Report on vaccination in Madras 1922-1929 - 1922-1929
Year: 1922
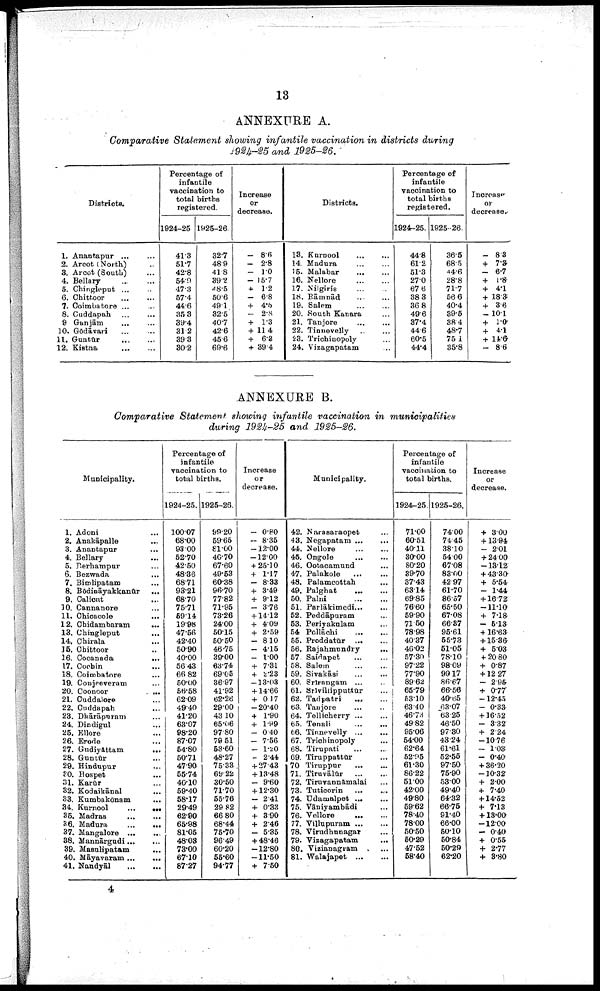
13
ANNEXURE A.
Comparative Statement showing infantile vaccination in districts during
1924-25 and 1925-26.
Districts.
1. Anantapur... ...
2. Arcot (North)... ...
3. Arcot (South)... ...
4. Bellary... ...
5. Chingleput... ...
6.
Chittoor...
...
7. Coimbatore ... ...
8. Cuddapah...
...
9
Ganjām...
...
10. Gōdāvari... ...
11.
Guntūr...
...
12.
Kistna...
...
Percentage of
infantile
vaccination to
total births
registered.
1924-25
41.3
51.7
42.8
54.9
47.3
57.4
44.6
35.3
39.4
31.2
39.3
30.2
1925-26.
32.7
48.9
41.8
39.2
48·5
50.6
49.1
32.5
40.7
42.6
45.6
69.6
Increase
or
decrease.
— 8.6
— 2.8
— 1.0
— 15.7
+ 1.2
— 6.8
+ 4.5
— 2.8
+ 1.3
+ 11.4
+ 6.3
+ 39.4
Districts.
13.
Kurnool...
...
14. Madura... ...
15. Malabar... ...
16.
Nellore...
...
17. Nilgiris
...
...
18. Rāmnād
...
...
19. Salem
...
...
20. South Kanara...
21.
Tanjore...
...
22. Tinnevelly
...
...
23. Trichinopoly ...
24. Vizagapatam ...
Percentage of
infantile
vaccination to
total births
registered.
1924-25.
44.8
61.2
51.3
27.0
67.6
38.3
36.8
49.6
37.4
44.6
60·5
44.4
1925-26.
36.5
68.5
44.6
28.8
71.7
56.6
40.4
39.5
38.4
48.7
75.1
35.8
Increase
or
decrease.
— 8.3
+ 7·3
— 6·7
+ 1.8
+ 4·1
+ 18.3
+ 3.6
—10.1
+ 1.0
+ 4.1
+ 14.6
— 8.6
ANNEXURE B.
Comparative Statement showing infantile vaccination in municipalities
during 1924-25 and 1925-26.
Municipality.
1. Adoni ...
2. Anakāpalle ...
3. Anantapur ...
4. Bellary ...
5. Berhampur ...
6. Bezwada ...
7. Bimlipatam ...
8. Bōdināyakkanūr
...
9. Calicut ...
10. Cannanore ...
11. Chicacole ...
12. Chidambaram
...
13. Chingleput
....
14. Chirala ...
15. Chittoor ...
16. Cocanada
...
17. Cochin ...
18. Coimbatore ...
19. Conjeeveram... ...
20. Coonoor...
21. Cuddalore ...
22. Cuddapah ...
23. Dhārāpuram... ...
24. Dindigul ...
25. Ellore ...
26. Erode ...
27. Gundiyāttam
...
28. Guntūr ...
29. Hindupur ...
30. Hospet ...
31. Karūr... ...
32. Kodaikānal ...
33. Kumbakōnam ...
34. Kurnool...
...
35. Madras
...
...
36. Madura
...
...
37.
Mangalore...
...
38. Mannārgudi... ...
39. Masulipatam...
40. Māyavaram
...
...
41. Nandyāl
...
...
Percentage of
infantile
vaccination to
total births.
1924-25.
100.07
68.00
93.00
52.70
42.50
48.36
68.71
93.21
68.70
75.71
59.14
19.98
47.56
42.40
50.90
40.00
56.43
66.82
50.00
56.58
62.09
49.40
41.20
63.07
98.20
87.07
54.80
50.71
47.90
55.74
40.10
59.40
58.17
29.49
62.90
65.98
81.05
48.03
73.00
67.10
87.27
1925-26.
99.20
59.65
81·00 40.70
67.60
49.53
60.38
96.70
77.82
71.95
73.26
24.00
50.15
50.50
46.75
39.00
63.74
69.05
36.97
41.92
62·26
29.00
43.10
65.06
97.80
79.51
53.60
48.27
75.33
69.22
30.50
71.70
55.76
29.82
66.80
68.44
75.70
96.49
60.20
55.60
94.77
Increase
or
decrease.
— 0.80
— 8.35
—12.00
—12.00
+ 25.10
+ 1.17
— 8.33
+ 3.49
+ 9.12
— 3.76
+ 14.12
+ 4.09
+ 2·59
— 8.10
— 4.15
— 1.00
+ 7.31
+ 2.23
—13.03
+14.66
+ 0.17
—20.40
+ 1.90
+ 1.99
— 0.40
— 7.56
— 1·20
— 2.44
+ 27.43
+ 13.48
— 9.60
+ 12.30
— 2.41
+ 0.33
+ 3.90
+ 2.46
— 5.35
+ 48.46
—12.80
—11.50
+ 7.50
Municipality.
42. Narasaraopet...
43. Negapatam
...
...
44.
Nellore...
...
45.
Ongole...
...
46. Ootacamund... ...
47.
Palakole...
...
48. Palamcottah ...
49.
Palghat...
...
50.
Palni...
...
51.
Parlākimedi... ...
52. Peddāpuram ...
53. Periyakulam ...
54 Pollāchi
...
...
55. Proddatūr
...
...
56. Rajahmundry
...
57 Saidapet
...
...
58. Salem
...
...
59.
Sivakāsi...
...
60. Srirangam... ...
61. Srivillipputtūr... ...
62. Tadpatri... ...
63. Tanjore
...
...
64. Tellicherry
...
...
65. Tenali
...
...
66. Tinnevelly
...
...
67. Trichinopoly ...
68. Tirupati
...
...
69. Tiruppattūr... ...
70
Tiruppur...
...
71. Tiruvālūr
...
...
72. Tiruvannāmalai ...
73. Tuticorin... ...
74. Udamalpet
...
...
75. Vāniyambādi ...
76. Vellore... ...
77. Villupuram
...
...
78. Virudhunagar ...
79. Vizagapatam ...
80. Vizianagram ...
81. Walajapet
...
...
Percentage of
infantile
vaccination to
total births.
1924-25.
71.00
60.51
40.11
30.00
80.20
39.70
37.43
63.14
69.85
76.60
59.90
71.50
78.98
40.37
46.02
57·30
97.22
77.90
89.62
65.79
53.10
63.40
46.73
49.82
95.06
54.00
62.64
52·95
61.30
86.22
51.00
42.00
49.80
59.62
78.40
78.00
50.50
50.29
47.52
58.40
1925-26.
74.00
74.45
38.10
54.00
67.08
83.00
42.97
61.70
86.57
65.50
67.08
66.37
95.61
55.73
51.05
78.10
98.09
90.17
86.67
66.56
40.65
63.07
63.25
46.50
97.30
43.24
61.61
52.55
97.50
75.90
53.00
49.40
64.32
66.75
91.40
66.00
50.10
50.84
50.29
62.20
Increase
or
decrease.
+ 3.00
+13.94
— 2.01
+ 24.00
—13.12
+ 43.30
+ 5.54
— 1.44
+ 16.72
—11.10
+ 7.18
— 5.13
+16.63
+ 15.36
+ 5.03
+ 20.80
+ 0.87
+ 12.27
— 2.95
+ 0.77
—12.45
— 0.33
+ 16.52
— 3.32
+ 2.24
—10.76
— 1.03
— 0.40
+ 36.20
—10.32
+ 2.00
+ 7.40
+ 14.52
+ 7.13
+ 13.00
—12.00
— 0.40
+ 0.55
+ 2·77
+ 3.80
4